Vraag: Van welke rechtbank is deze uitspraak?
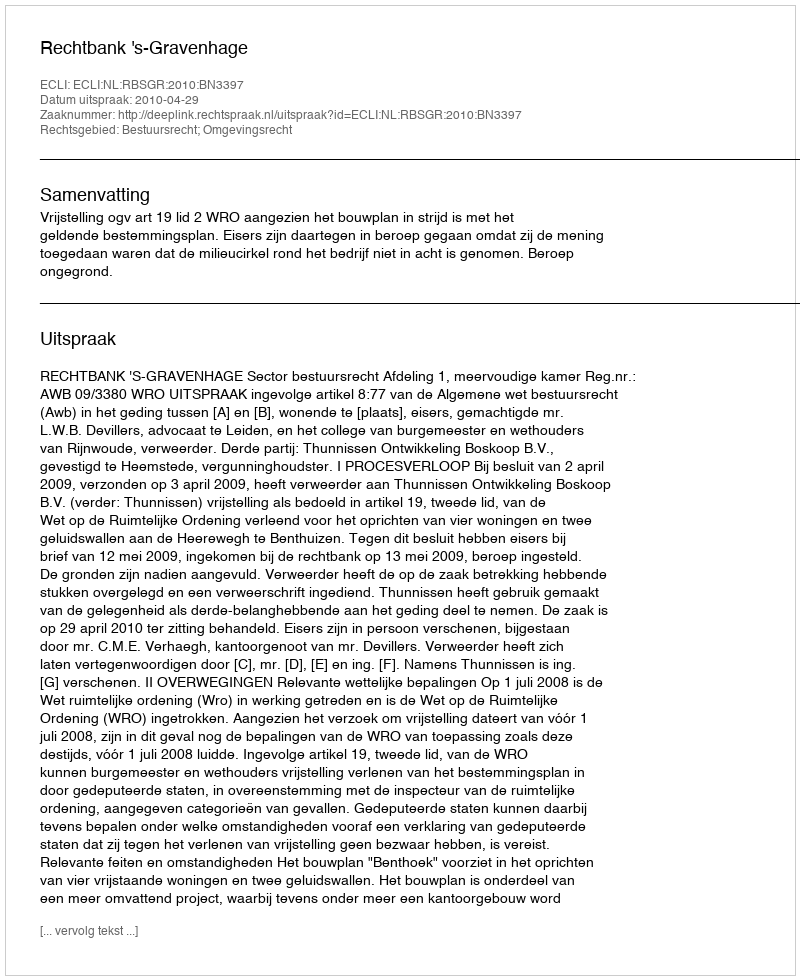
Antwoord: Rechtbank 's-Gravenhage